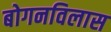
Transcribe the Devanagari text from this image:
बोगनविलास